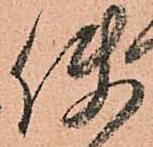
使